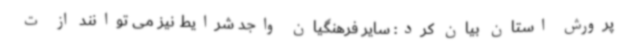
پرورش استان بیان کرد: سایر فرهنگیان واجد شرایط نیز می توانند از ت